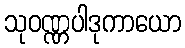
သုဝဏ္ဏပါဒုကာယော